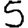
Digit: 5